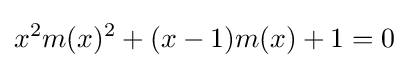
x^{2}m(x)^{2}+(x-1)m(x)+1=0